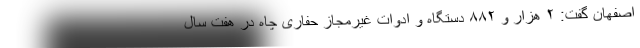
اصفهان گفت: ۲ هزار و ۸۸۲ دستگاه و ادوات غیرمجاز حفاری چاه در هفت سال